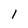
Character: 1